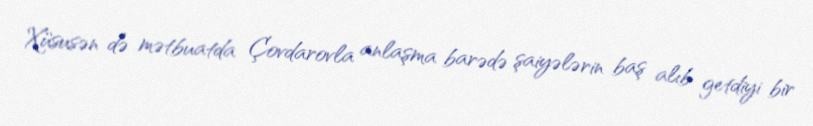
Xüsusən də mətbuatda Çovdarovla anlaşma barədə şaiyələrin baş alıb getdiyi bir